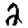
Digit: 2